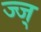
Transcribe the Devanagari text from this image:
ज्ज्